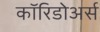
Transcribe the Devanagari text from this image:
कॉरिडोअर्स